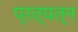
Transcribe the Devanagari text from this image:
प्रत्यत्न